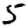
Digit: 5